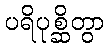
ပရိပုစ္ဆိတွာ